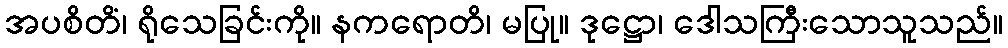
အပစိတိံ၊ ရိုသေခြင်းကို။ နကရောတိ၊ မပြု။ ဒုဋ္ဌော၊ ဒေါသကြီးသောသူသည်။